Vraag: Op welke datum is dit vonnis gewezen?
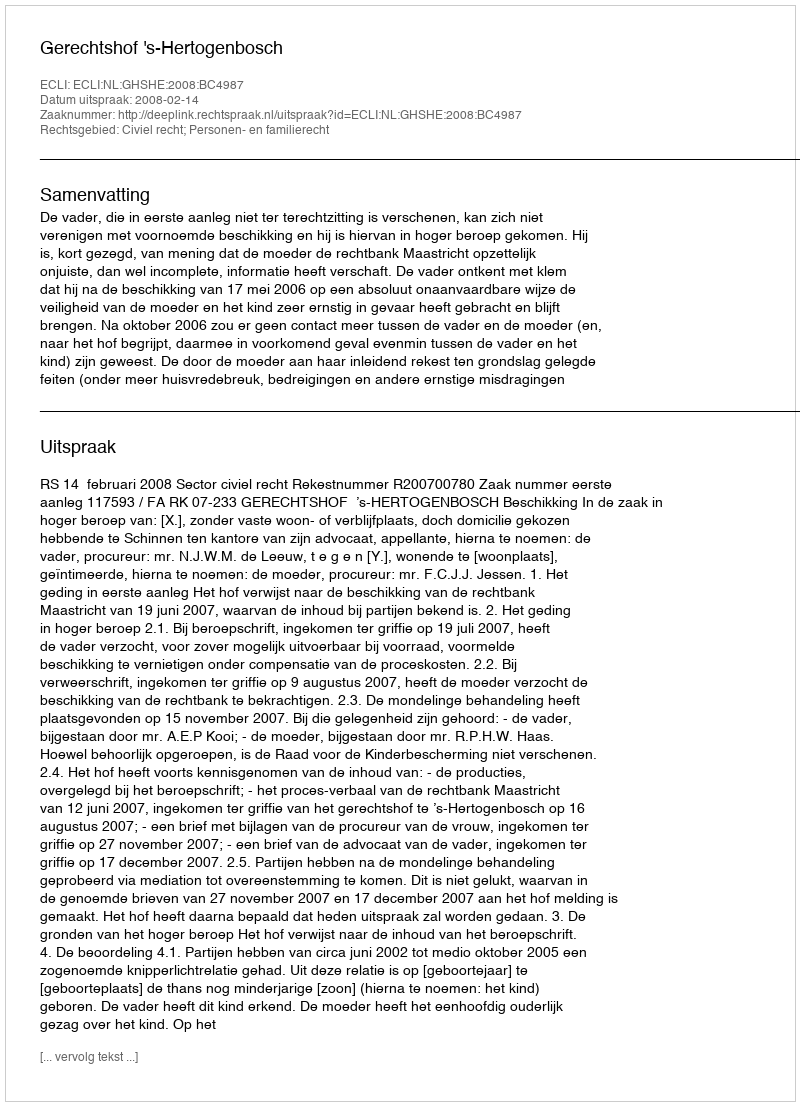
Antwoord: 2008-02-14